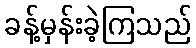
ခန့်မှန်းခဲ့ကြသည်